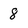
Character: 8